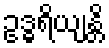
ဥဒ္ဓရိယျန္တိ